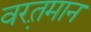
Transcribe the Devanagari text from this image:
वरत़़मान